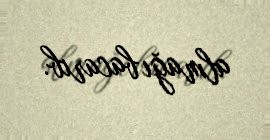
almağı bacarıb.